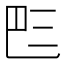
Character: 𠀧